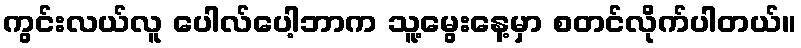
ကွင်းလယ်လူ ပေါလ်ပေါ့ဘာက သူ့မွေးနေ့မှာ စတင်လိုက်ပါတယ်။